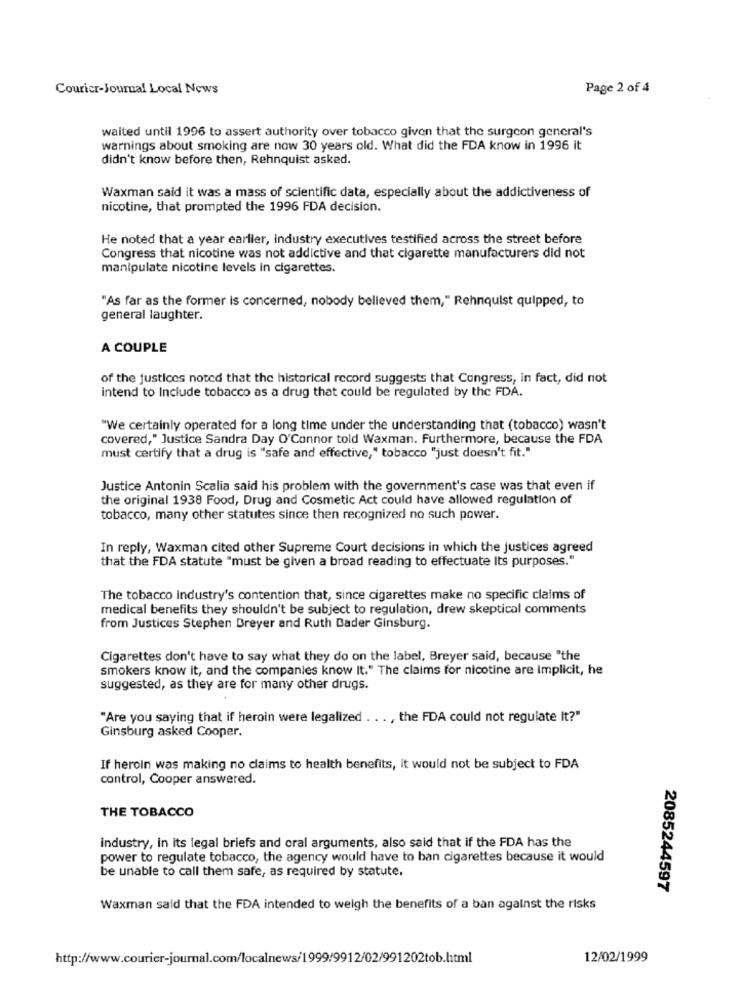
Couricr-Journal Local News
Page 2 of 4
waited until 1996 to assert authority over tobacco given that the surgeon general's
warnings about smoking are now 30 years old. What did the FDA know in 1996 it
didn't know before then, Rehnquist asked.
Waxman said it was a mass of scientific data, especially about the addictiveness of
nicotine, that prompted the 1996 FDA decision.
He noted that a year earlier, industry executives testified across the street before
Congress that nicotine was not addictive and that cigarette manufacturers did not
manipulate nicotine levels in cigarettes.
"As far as the former is concerned, nobody belleved them," Rehnquist quipped, to
general laughter.
A COUPLE
of the justices noted that the historical record suggests that Congress, in fact, did not
intend to Include tobacco as a drug that could be regulated by the FDA.
"We certainly operated for a long time under the understanding that (tobacco) wasn't
covered," Justice Sandra Day O'Connor told Waxman. Furthermore, because the FDA
must certify that a drug is "safe and effective," tobacco "just doesn't fit."
Justice Antonin Scalia said his problem with the government's case was that even if
the original 1938 Food, Drug and Cosmetic Act could have allowed regulation of
tobacco, many other statutes since then recognized no such power.
In reply, Waxman cited other Supreme Court decisions in which the justices agreed
that the FDA statute "must be given a broad reading to effectuate Its purposes."
The tobacco industry's contention that, since cigarettes make no specific claims of
medical benefits they shouldn't be subject to regulation, drew skeptical comments
from Justices Stephen Breyer and Ruth Bader Ginsburg.
Cigarettes don't have to say what they do on the label, Breyer said, because "the
smokers know it, and the companies know It." The claims for nicotine are Implicit, he
suggested, as they are for many other drugs.
"Are you saying that if heroin were legalized
.., the FDA could not regulate It?"
Ginsburg asked Cooper.
If heroin was making no claims to health benefits, it would not be subject to FDA
control, Cooper answered.
THE TOBACCO
industry, in its legal briefs and oral arguments, also said that if the FDA has the
power to regulate tobacco, the agency would have to ban cigarettes because it would
be unable to call them safe, as required by statute.
2085244597
Waxman said that the FDA intended to weigh the benefits of a ban against the risks
http://www.courier-journal.com/localnews/1999/9912/02/991202tob.html
12/02/1999